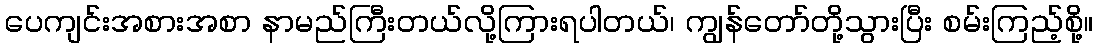
ပေကျင်းအစားအစာ နာမည်ကြီးတယ်လို့ကြားရပါတယ်၊ ကျွန်တော်တို့သွားပြီး စမ်းကြည့်စို့။